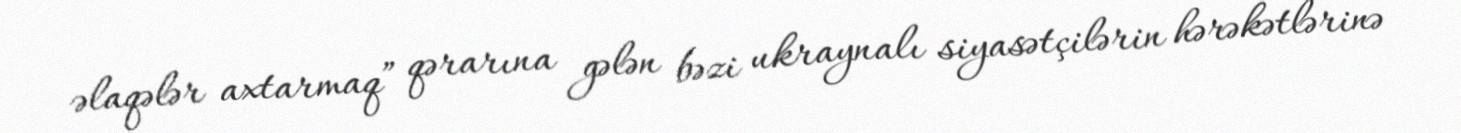
əlaqələr axtarmaq” qərarına gələn bəzi ukraynalı siyasətçilərin hərəkətlərinə